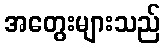
အတွေးများသည်